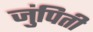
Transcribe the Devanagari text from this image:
जुंपिती